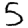
Digit: 5